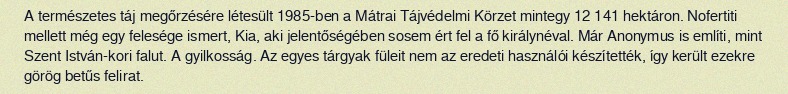
A természetes táj megőrzésére létesült 1985-ben a Mátrai Tájvédelmi Körzet mintegy 12 141 hektáron. Nofertiti mellett még egy felesége ismert, Kia, aki jelentőségében sosem ért fel a fő királynéval. Már Anonymus is említi, mint Szent István-kori falut. A gyilkosság. Az egyes tárgyak füleit nem az eredeti használói készítették, így került ezekre görög betűs felirat.